Triennial report on the lunatic asylums in the province of Eastern Bengal and Assam - 1903-1911
Year: 1903
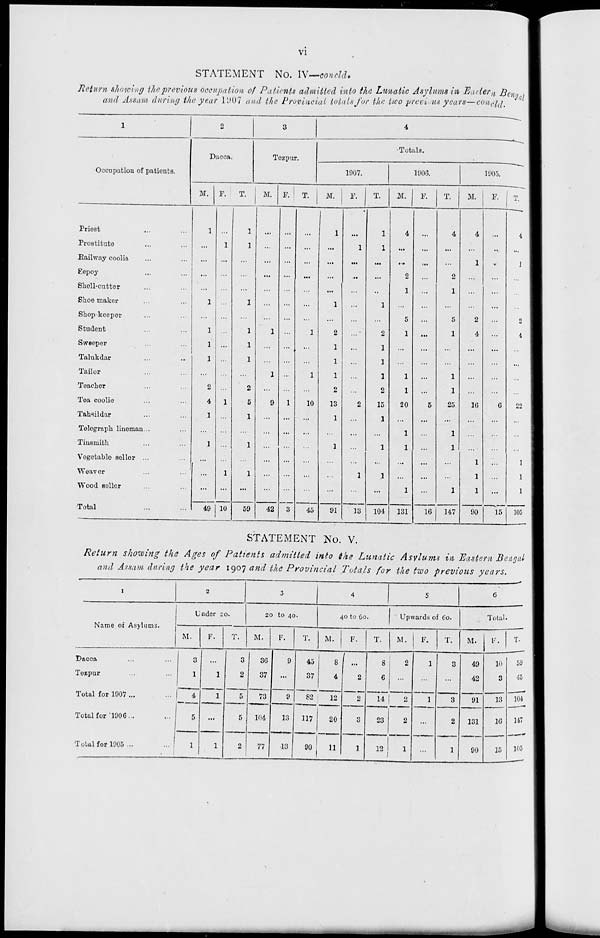
vi
STATEMENT No. IV—concld.
Return showing the previous occupation of Patients admitted into the Lunatic Asylums in Eastern Bengal
and Assam during the year 1907 and the Provincial totals for the two previous years— concld.
1
Occupation of patients.
Priest ... ...
Prostitute ... ...
Railway coolie ... ...
Sepoy ... ...
Shell-cutter ... ...
Shoe-maker ... ...
Shopkeeper ... ...
Student ... ...
Sweeper ... ...
Talukdar ... ...
Tailor ... ...
Teacher ... ...
Tea coolie ... ...
Tahsildar ... ...
Telegraph lineman... ...
Tinsmith ... ...
Vegetable seller ... ...
Weaver ... ...
Wood seller ... ...
Total ... ...
2
Dacca.
M.
1
...
...
...
...
1
...
1
1
1
...
2
4
1
...
1
...
...
...
49
F.
...
1
...
...
...
...
...
...
...
...
...
...
1
...
...
...
...
1
...
10
T.
1
1
...
...
1
...
1
1
1
...
2
5
1
...
1
...
1
...
59
3
Tezpur.
M.
...
...
...
...
...
...
...
1
...
...
1
...
9
...
...
...
...
...
...
42
F.
...
...
...
...
...
...
...
...
...
...
...
...
1
...
...
...
...
...
...
3
T.
...
...
...
...
...
...
...
1
...
...
1
...
10
...
...
...
...
...
...
45
4
Totals.
1907.
M.
1
...
...
...
...
1
...
2
1
1
1
2
13
1
...
1
...
...
...
91
F.
...
1
...
...
...
...
...
...
...
...
...
...
2
...
...
...
...
1
...
13
T.
1
1
...
...
...
1
...
2
1
1
1
2
15
1
...
1
...
1
...
104
1906.
M.
4
...
...
2
1
...
5
1
...
...
1
1
20
...
1
1
...
...
1
131
F.
...
...
...
...
...
...
...
...
...
...
...
...
5
...
...
...
...
...
...
16
T.
4
...
...
2
1
...
5
1
...
...
1
1
25
...
1
1
...
...
1
147
1905.
M.
4
...
1
...
...
...
2
4
...
...
...
...
16
...
...
...
1
1
1
90
F.
...
...
...
...
...
...
...
...
...
...
...
...
6
...
...
...
...
...
...
15
T.
4
...
1
...
...
...
2
4
...
...
...
...
22
...
...
...
1
1
1
105
STATEMENT No. V.
Return showing the Ages of Patients admitted into the Lunatic Asylums in Eastern Bengal
and Assam during the year 1907 and the Provincial Totals for the two previous years.
1
Name of Asylums.
Dacca ... ...
Tezpur ... ...
Total for 1907... ...
Total for 1906... ...
Total for 1905 ... ...
2
Under 20.
M.
3
1
4
5
1
F.
...
1
1
...
1
T.
3
2
5
5
2
3
20 to 40.
M.
36
37
73
104
77
F.
9
...
9
13
13
T.
45
37
82
117
90
4
40 to 60.
M.
8
4
12
20
11
F.
...
2
2
3
1
T.
8
6
14
23
12
5
Upwards of 60.
M.
2
...
2
2
1
F.
1
...
1
...
...
T.
3
...
3
2
1
6
Total.
M.
49
42
91
131
90
F.
10
3
13
16
15
T.
59
45
104
147
105